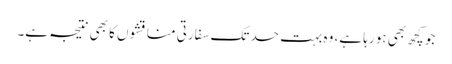
جو کچھ بھی ہو رہا ہے، وہ بہت حد تک سفارتی مناقشوں کا بھی نتیجہ ہے۔